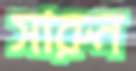
সারুন